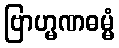
ဗြာဟ္မဏဓမ္မံ